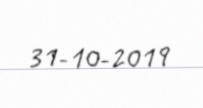
31-10-2019